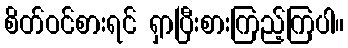
စိတ်ဝင်စားရင် ရှာပြီးစားကြည့်ကြပါ။